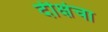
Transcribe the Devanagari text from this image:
दीक्षेचा